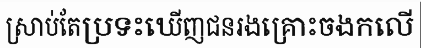
ស្រាប់តែប្រទះឃើញជនរងគ្រោះចងកលើ